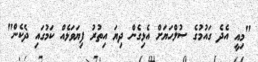
"މިއީ އެދެ ގައުމުގެ ސުލްހަޔަށް އެޅިގެން ދިޔަ އިތުރު ފިޔަވަޅެއް ކަމުގައި ދެކެން"